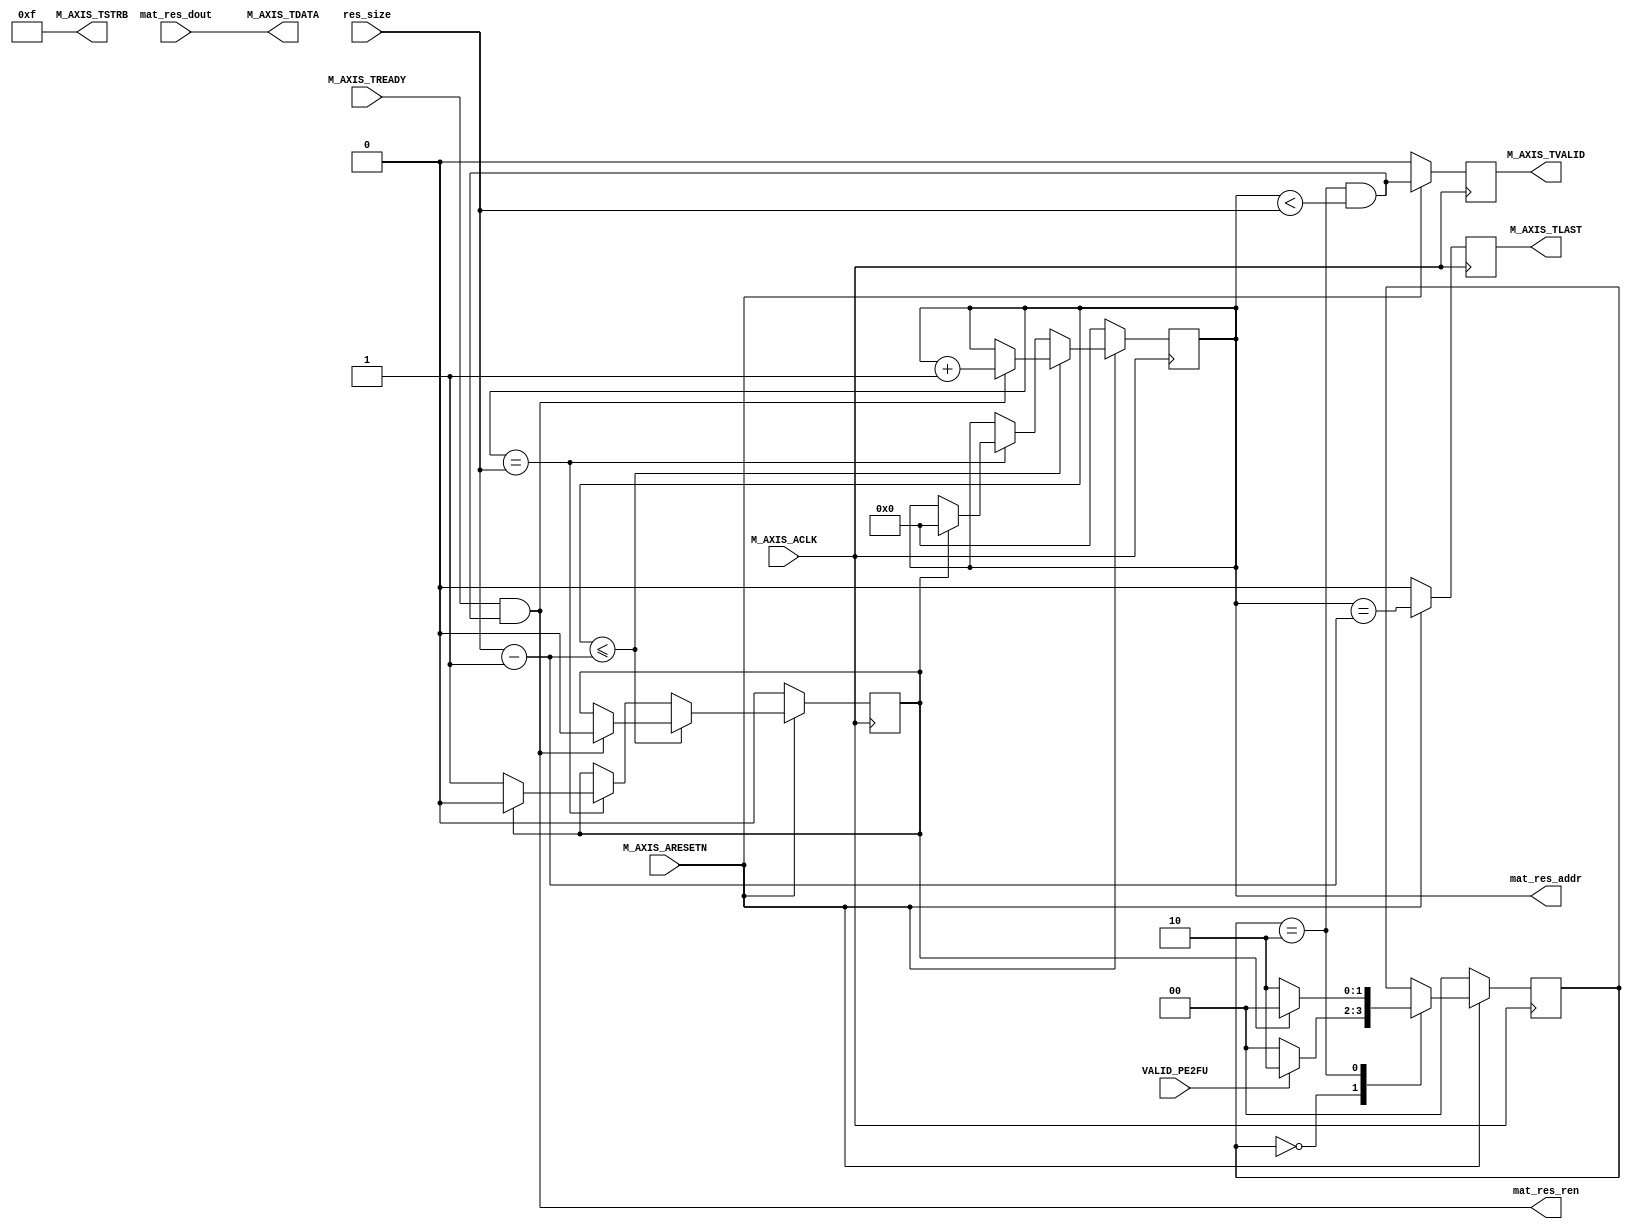
module fetch_unit_v1_0_M00_AXIS #
(
	// Users to add parameters here
	parameter BRAM_DEPTH = 10,
	// User parameters ends
	// Do not modify the parameters beyond this line

	// Width of S_AXIS address bus. The slave accepts the read and write addresses of width C_M_AXIS_TDATA_WIDTH.
	parameter integer C_M_AXIS_TDATA_WIDTH	= 32,
	// Start count is the number of clock cycles the master will wait before initiating/issuing any transaction.
	parameter integer C_M_START_COUNT	= 32
)
(
	// Users to add ports here
	input wire 						VALID_PE2FU,
	input wire 	[31:0] 				mat_res_dout,
	output wire	[BRAM_DEPTH-1:0] 	mat_res_addr,
	output wire                     mat_res_ren,
	input [31:0] res_size,

	input wire  M_AXIS_ACLK,
	input wire  M_AXIS_ARESETN,
	output wire  M_AXIS_TVALID,
	output wire [C_M_AXIS_TDATA_WIDTH-1 : 0] M_AXIS_TDATA,
	output wire [(C_M_AXIS_TDATA_WIDTH/8)-1 : 0] M_AXIS_TSTRB,
	output wire  M_AXIS_TLAST,
	input wire  M_AXIS_TREADY
);
												
	parameter [1:0] IDLE = 2'b00,                                                                             
					INIT_COUNTER  = 2'b01,    
					SEND_STREAM   = 2'b10;   
																	
	reg [1:0] mst_exec_state;                                                                                                      
	reg [BRAM_DEPTH-1:0] read_pointer;

	wire  	axis_tvalid;
	reg  	axis_tvalid_delay;
	wire  	axis_tlast;
	reg  	axis_tlast_delay;
	wire  	tx_en;
	reg  	tx_done;

	// I/O Connections assignments
	assign M_AXIS_TVALID	= axis_tvalid_delay;
	assign M_AXIS_TDATA	= mat_res_dout;
	assign M_AXIS_TLAST	= axis_tlast_delay;
	assign M_AXIS_TSTRB	= {(C_M_AXIS_TDATA_WIDTH/8){1'b1}};


	// Control state machine implementation                             
	always @(posedge M_AXIS_ACLK)                                             
	begin                                                                     
		if (!M_AXIS_ARESETN)                                                     
		begin                                                                 
			mst_exec_state <= IDLE;                                                                                              
		end                                                                   
		else                                                                    
		case (mst_exec_state)                                                 
			IDLE:                                                     
			if (VALID_PE2FU) begin
				mst_exec_state <= SEND_STREAM;
			end else begin
				mst_exec_state <= IDLE;
			end     

			SEND_STREAM:                         
			if (tx_done)                                                      
				begin                                                           
				mst_exec_state <= IDLE;                    
				end                                                             
			else                                                              
				begin                                                           
				mst_exec_state <= SEND_STREAM;
				end                                                             
		endcase                                                               
	end                                                                       


	assign axis_tvalid = ((mst_exec_state == SEND_STREAM) && (read_pointer < res_size));                                                         
	assign axis_tlast = (read_pointer == res_size-1);                                
													
	always @(posedge M_AXIS_ACLK)                                                                  
	begin                                                                                          
		if (!M_AXIS_ARESETN)                                                                         
		begin                                                                                      
			axis_tvalid_delay <= 1'b0;                                                               
			axis_tlast_delay <= 1'b0;                                                                
		end                                                                                        
		else                                                                                         
		begin                                                                                      
			axis_tvalid_delay <= axis_tvalid;                                                        
			axis_tlast_delay <= axis_tlast;                                                          
		end                                                                                        
	end                                                                                            

	always@(posedge M_AXIS_ACLK)                                               
	begin                                                                            
		if(!M_AXIS_ARESETN)                                                            
		begin                                                                        
			read_pointer <= 0;                                                         
			tx_done <= 1'b0;                                                           
		end                                                                          
		else                                                                           
		if (read_pointer <= res_size-1)                                
			begin                                                                      
			if (tx_en)                                                             
				begin                                                                  
				read_pointer <= read_pointer + 1;                                    
				tx_done <= 1'b0;                                                     
				end                                                                    
			end                                                                        
		else if (read_pointer == res_size)                             
			if (!tx_done) begin                                                        
			tx_done <= 1'b1;                                           
			end else begin                                                            
			read_pointer <= 0;
			tx_done <= 0;                                                     
			end                                                                    
	end                                                                              

	assign tx_en = M_AXIS_TREADY && axis_tvalid;
	assign mat_res_addr = read_pointer;
	assign mat_res_ren = tx_en;										

endmodule